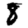
Digit: 8